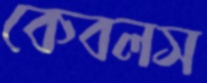
কেবলস